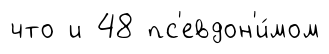
что и 48 пс'евдон'и́мом